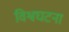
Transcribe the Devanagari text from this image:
विश्वघटना